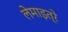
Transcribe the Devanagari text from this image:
लेमाइत्रे